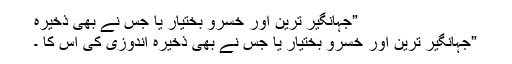
”جہانگیر ترین اور خسرو بختیار یا جس نے بھی ذخیرہ
”جہانگیر ترین اور خسرو بختیار یا جس نے بھی ذخیرہ اندوزی کی اس کا ۔